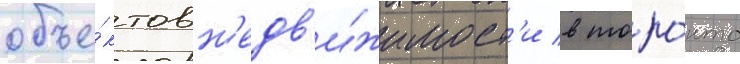
объе́ктов н'едв'и́жимост'и в торо́нто